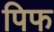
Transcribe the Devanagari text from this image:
पिफ